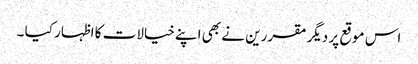
اس موقع پر دیگر مقررین نے بھی اپنے خیالات کا اظہار کیا ۔